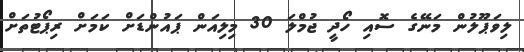
ލިވަޕޫލުން މަނޭގެ ސޮއި ހޯދީ ޖުމްލަ 30 މިލިއަން ޕައުންޑަށް ކަމަށް ރިޕޯޓުތަށް